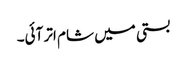
بستی میں شام اتر آئی۔